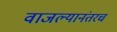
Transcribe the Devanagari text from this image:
वाजल्यानंतरच